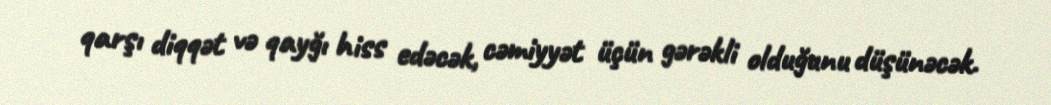
qarşı diqqət və qayğı hiss edəcək, cəmiyyət üçün gərəkli olduğunu düşünəcək.